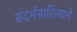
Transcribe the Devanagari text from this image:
संदर्भसाहित्याने